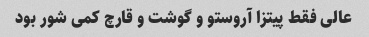
عالی فقط پیتزا آروستو و گوشت و قارچ کمی شور بود